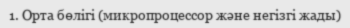
1. Орта бөлігі (микропроцессор және негізгі жады)